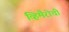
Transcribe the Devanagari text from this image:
व्हिमैरोची